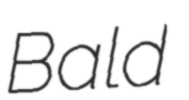
Bald